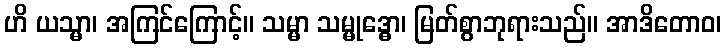
ဟိ ယသ္မာ၊ အကြင်ကြောင့်။ သမ္မာ သမ္မုဒ္ဓော၊ မြတ်စွာဘုရားသည်။ အာဒိတောဝ၊